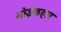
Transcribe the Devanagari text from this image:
भोईकहार